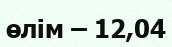
өлім – 12,04